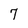
Character: 7